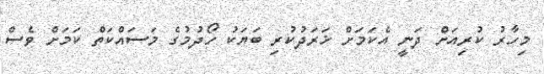
މިހާރު ކުރިއަށް ދަނީ އެކަމަށް ޚަރަދުކުރި ބަޔަކު ހޯދުމުގެ މަސައްކަތް ކަމަށް ވެސް